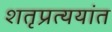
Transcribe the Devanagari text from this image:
शतृप्रत्ययांत